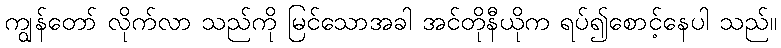
ကျွန်တော် လိုက်လာ သည်ကို မြင်သောအခါ အင်တိုနီယိုက ရပ်၍စောင့်နေပါ သည်။